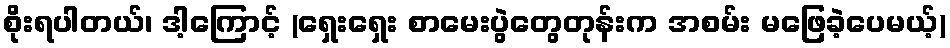
စိုးရပါတယ်၊ ဒါ့ကြောင့် (ရှေးရှေး စာမေးပွဲတွေတုန်းက အစမ်း မဖြေခဲ့ပေမယ့်)